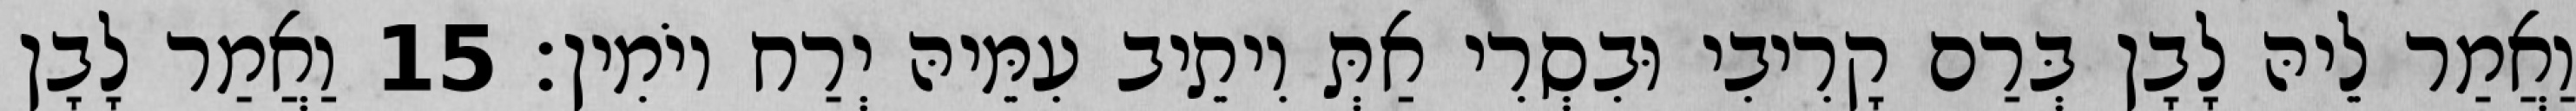
וַאֲמַר לֵיהּ לָבָן בְּרַם קָרִיבִי וּבִסְרִי אַתְּ וִיתֵיב עִמֵּיהּ יְרַח יוֹמִין׃ 15 וַאֲמַר לָבָן